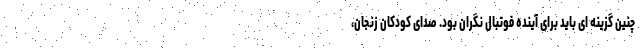
چنین گزینه ای باید برای آینده فوتبال نگران بود. صدای کودکان زنجان،